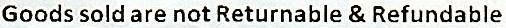
GOODS SOLD ARE NOT RETURNABLE & REFUNDABLE